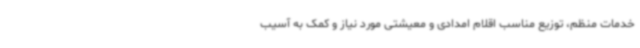
خدمات منظم، توزیع مناسب اقلام امدادی و معیشتی مورد نیاز و کمک به آسیب